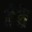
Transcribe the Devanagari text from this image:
हेठे